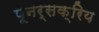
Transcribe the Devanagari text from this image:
पूनर्सक्रिय